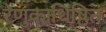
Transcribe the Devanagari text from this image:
रेणुकाधिष्ठितं